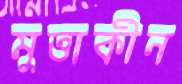
মুত্তাকীন